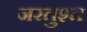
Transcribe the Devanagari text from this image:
जरतुश्त